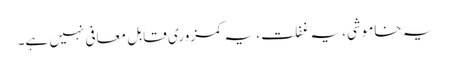
یہ خاموشی، یہ غفلت، یہ کمزوری قابلِ معافی نہیں ہے۔